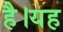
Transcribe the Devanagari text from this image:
हैै।यह